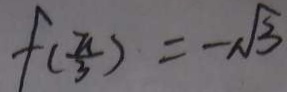
f ( \frac { \pi } { 3 } ) = - \sqrt { 3 }